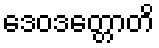
ဒေဝဒတ္တောတိ